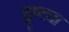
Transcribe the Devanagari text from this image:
दूष्ट्या